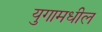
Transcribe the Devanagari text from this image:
युगामधील